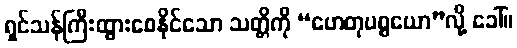
ရှင်သန်ကြီးထွားစေနိုင်သော သတ္တိကို “ဟေတုပစ္စယော”လို့ ခေါ်။